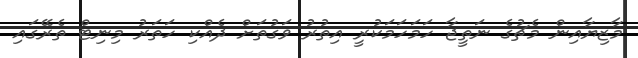
މާޒިޔާއިން މެޗުގެ ނަތީޖާ ހަމަހަމަކުރީ އިތުރު ވަގުތަށް ދެެއްކި ހަތަރު މިނިޓް ތެރޭގައި